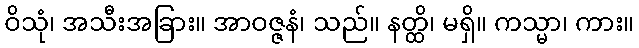
ဝိသုံ၊ အသီးအခြား။ အာဝဇ္ဇနံ၊ သည်။ နတ္ထိ၊ မရှိ။ ကသ္မာ၊ ကား။